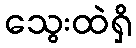
သွေးထဲရှိ